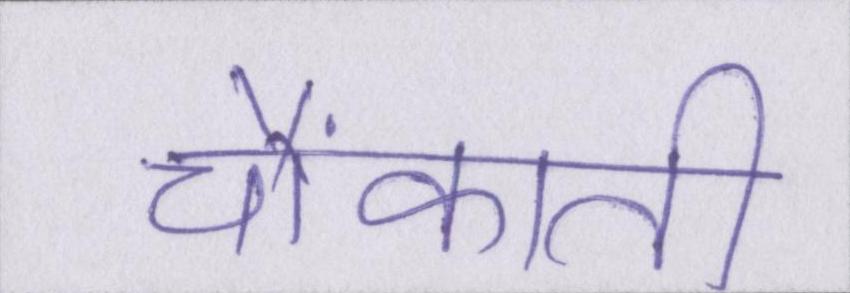
चौंकाती